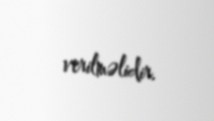
verilməlidir.